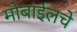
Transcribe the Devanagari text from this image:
मोबाईलचे